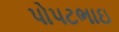
પોપટભાઇ